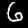
Label: 6